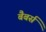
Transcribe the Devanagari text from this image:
बैबर्स